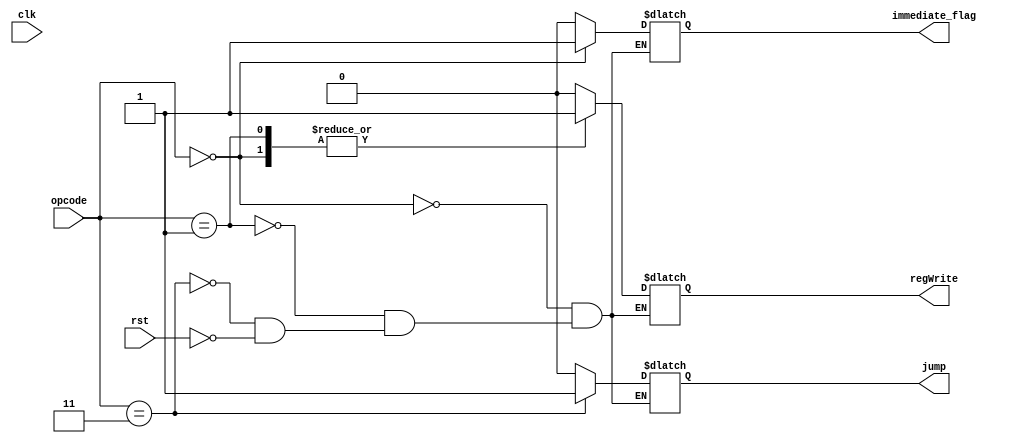
`timescale 1ns / 1ps
//////////////////////////////////////////////////////////////////////////////////
// Company: 
// Engineer: 
// 
// Design Name: 
// Module Name:    control_module 
// Project Name: 
// Target Devices: 
// Tool versions: 
// Description: 
//
// Dependencies: 
//
// Revision: 
// Revision 0.01 - File Created
// Additional Comments: 
//
//////////////////////////////////////////////////////////////////////////////////
module control_module(
    input clk,
    input rst,
    input [1:0] opcode,
    output reg regWrite,
    output reg jump,
	 output reg immediate_flag
//    output [2:0] ALUctrl
    );

	always@(*)
	begin
	
		if(rst == 1)
		begin
			jump <= 0;
			immediate_flag <= 0;
			regWrite <= 0;
		end
		else
		begin
		end
		
		case(opcode)
			2'b00: 
			begin
				immediate_flag <= 1'b1;
				jump <= 1'b0;
				regWrite <= 1'b1;
			end
			2'b01: 
			begin
				immediate_flag <= 1'b0;
				jump <= 1'b0;
				regWrite <= 1'b1;
			end
			2'b11: 
			begin
				immediate_flag <= 1'b0;
				jump <= 1'b1;
				regWrite <= 1'b0;
			end
		endcase
	end

endmodule